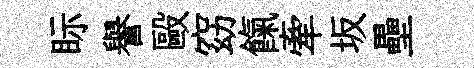
眎譽毆窈餼牽坂壘